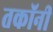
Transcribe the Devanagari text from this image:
तकॉनी